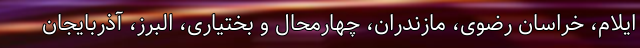
ایلام، خراسان رضوی، مازندران، چهارمحال و بختیاری، البرز، آذربایجان